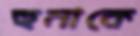
হুমাকে